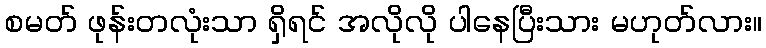
စမတ် ဖုန်းတလုံးသာ ရှိရင် အလိုလို ပါနေပြီးသား မဟုတ်လား။